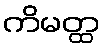
ကိမတ္ထ